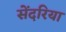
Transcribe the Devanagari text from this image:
सेंदरिया